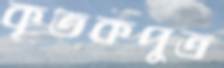
কৃতকপুত্র